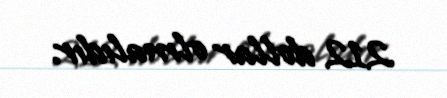
212 dollar olmalıdır.